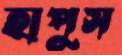
হাপুস